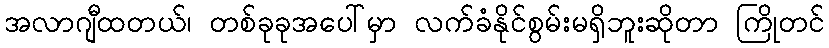
အလာဂျီထတယ်၊ တစ်ခုခုအပေါ်မှာ လက်ခံနိုင်စွမ်းမရှိဘူးဆိုတာ ကြိုတင်